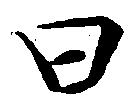
曰